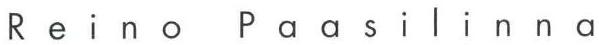
Reino Paasilinna